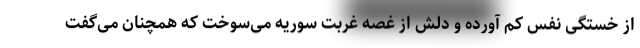
از خستگی نفس کم آورده و دلش از غصه غربت سوریه می‌سوخت که همچنان می‌گفت